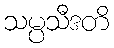
သမ္ပသီဒတိ